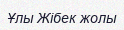
Ұлы Жібек жолы